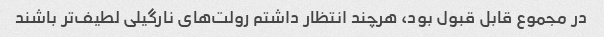
در مجموع قابل قبول بود، هرچند انتظار داشتم رولت‌های نارگیلی لطیف‌تر باشند